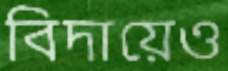
বিদায়েও